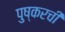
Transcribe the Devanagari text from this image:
पुष्करची